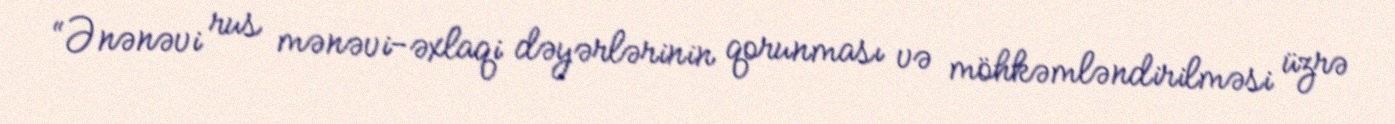
“Ənənəvi rus mənəvi-əxlaqi dəyərlərinin qorunması və möhkəmləndirilməsi üzrə